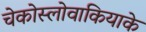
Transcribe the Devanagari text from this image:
चेकोस्लोवाकियाके